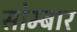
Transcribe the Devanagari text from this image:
सोम्बार